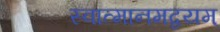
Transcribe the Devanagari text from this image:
स्वात्मानमद्वयम्